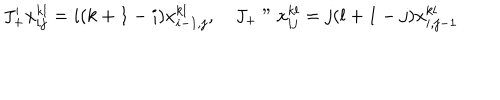
J _ { + } ^ { \prime } x _ { i j } ^ { k l } = i ( k + 1 - i ) x _ { i - 1 , j } ^ { k l } , \quad J _ { + } " x _ { i j } ^ { k l } = j ( l + 1 - j ) x _ { i , j - 1 } ^ { k l }